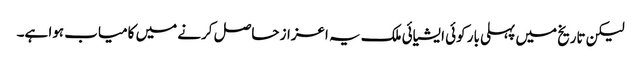
لیکن تاریخ میں پہلی بار کوئی ایشیائی ملک یہ اعزاز حاصل کرنے میں کامیاب ہوا ہے۔